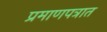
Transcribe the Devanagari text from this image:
प्रमाणपत्रात